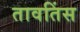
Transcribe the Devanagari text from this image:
तावतिंस